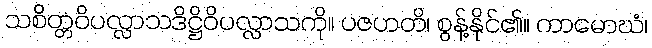
သစိတ္တဝိပလ္လာသဒိဋ္ဌိဝိပလ္လာသကို။ ပဇဟတိ၊ စွန့်နိုင်၏။ ကာမောဃံ၊